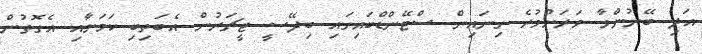
އަދި ބޭނުންވާ ވަރަށްވުރެ ގިނައިން ސްޓޭންޑްބައިގައި ބިދޭސީ ޓީޗަރުން އެބަތިބި ކަމަށާއި އެގޮތުން